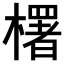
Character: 𣞍